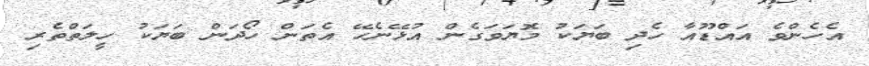
އެހެންވެ އައްޑޫއާ ހެދި ބަޔަކު މޮޔަވަގެން އުޅޭނެހޭ އެތަން ހޯދަން ބަޔަކު ހީލަތްތެރި